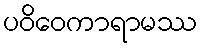
ပဝိဝေကာရာမဿ